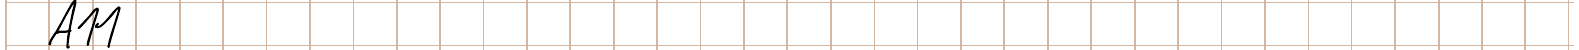
A11